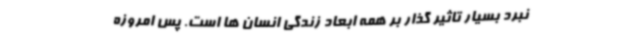
نبرد بسیار تاثیر گذار بر همه ابعاد زندگی انسان ها است. پس امروزه